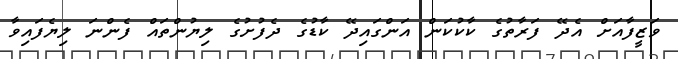
ވަޒީފާއަށް އެދޭ ފަރާތުގެ ކާކުކަން އަންގައިދޭ ކާޑުގެ ދެފުށުގެ ލިޔުންތައް ފެންނަ ލިޔެފައިވާ